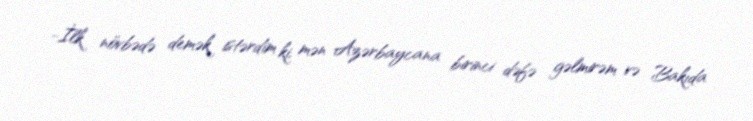
-İlk növbədə demək istərdim ki, mən Azərbaycana birinci dəfə gəlmirəm və Bakıda